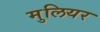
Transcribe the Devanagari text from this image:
मुलियर